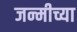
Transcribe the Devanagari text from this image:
जन्मीच्या